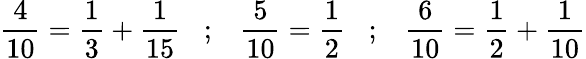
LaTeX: {\frac{4}{10}}={\frac{1}{3}}+{\frac{1}{15}}\; \; \; ;\; \; \; {\frac{5}{10}}={\frac{1}{2}}\; \; \; ;\; \; \; {\frac{6}{10}}={\frac{1}{2}}+{\frac{1}{10}}